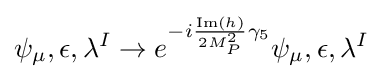
\psi _{\mu },\epsilon ,\lambda ^{I}\rightarrow e^{-i{\frac {{\text{Im}}(h)}{2M_{P}^{2}}}\gamma _{5}}\psi _{\mu },\epsilon ,\lambda ^{I}